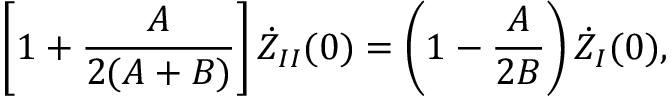
\left[ 1 + \frac { A } { 2 ( A + B ) } \right] \dot { Z } _ { I I } ( 0 ) = \left( 1 - \frac { A } { 2 B } \right) \dot { Z } _ { I } ( 0 ) ,